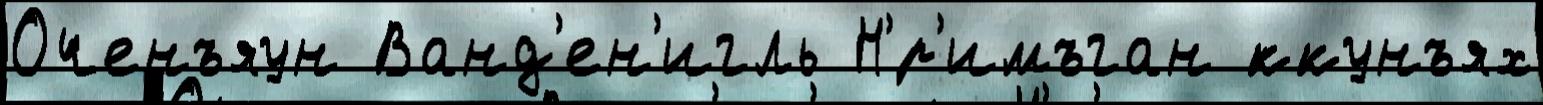
Оченъяун Ванд'ен'игль Н'́р'имъган ́ккунъях